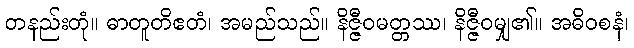
တနည်းတုံ။ ဓာတူတိဧတံ၊ အမည်သည်။ နိဇ္ဇီဝမတ္တဿ၊ နိဇ္ဇီဝမျှ၏။ အဓိဝစနံ၊